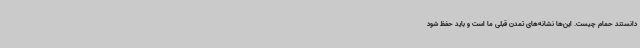
دانستند حمام چیست. این‌ها نشانه‌های تمدن قبلی ما است و باید حفظ شود